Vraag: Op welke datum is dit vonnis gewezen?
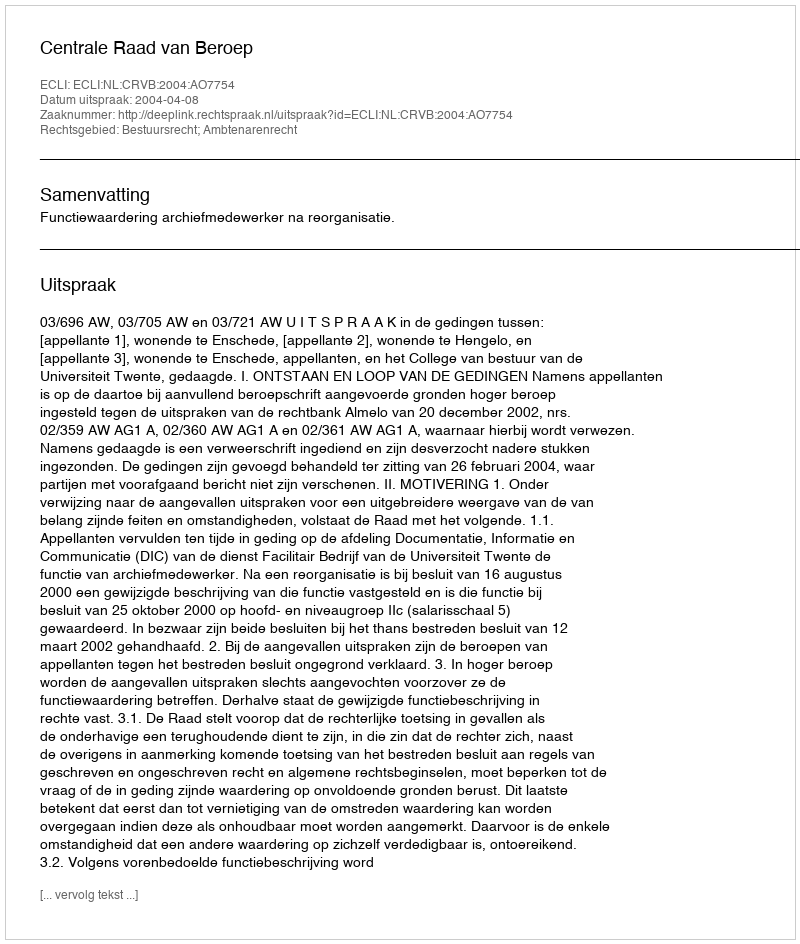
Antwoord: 2004-04-08